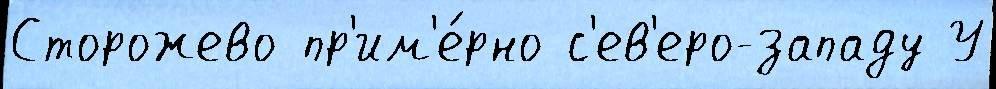
Сторожево пр'им'е́рно с'ев'еро-западу У